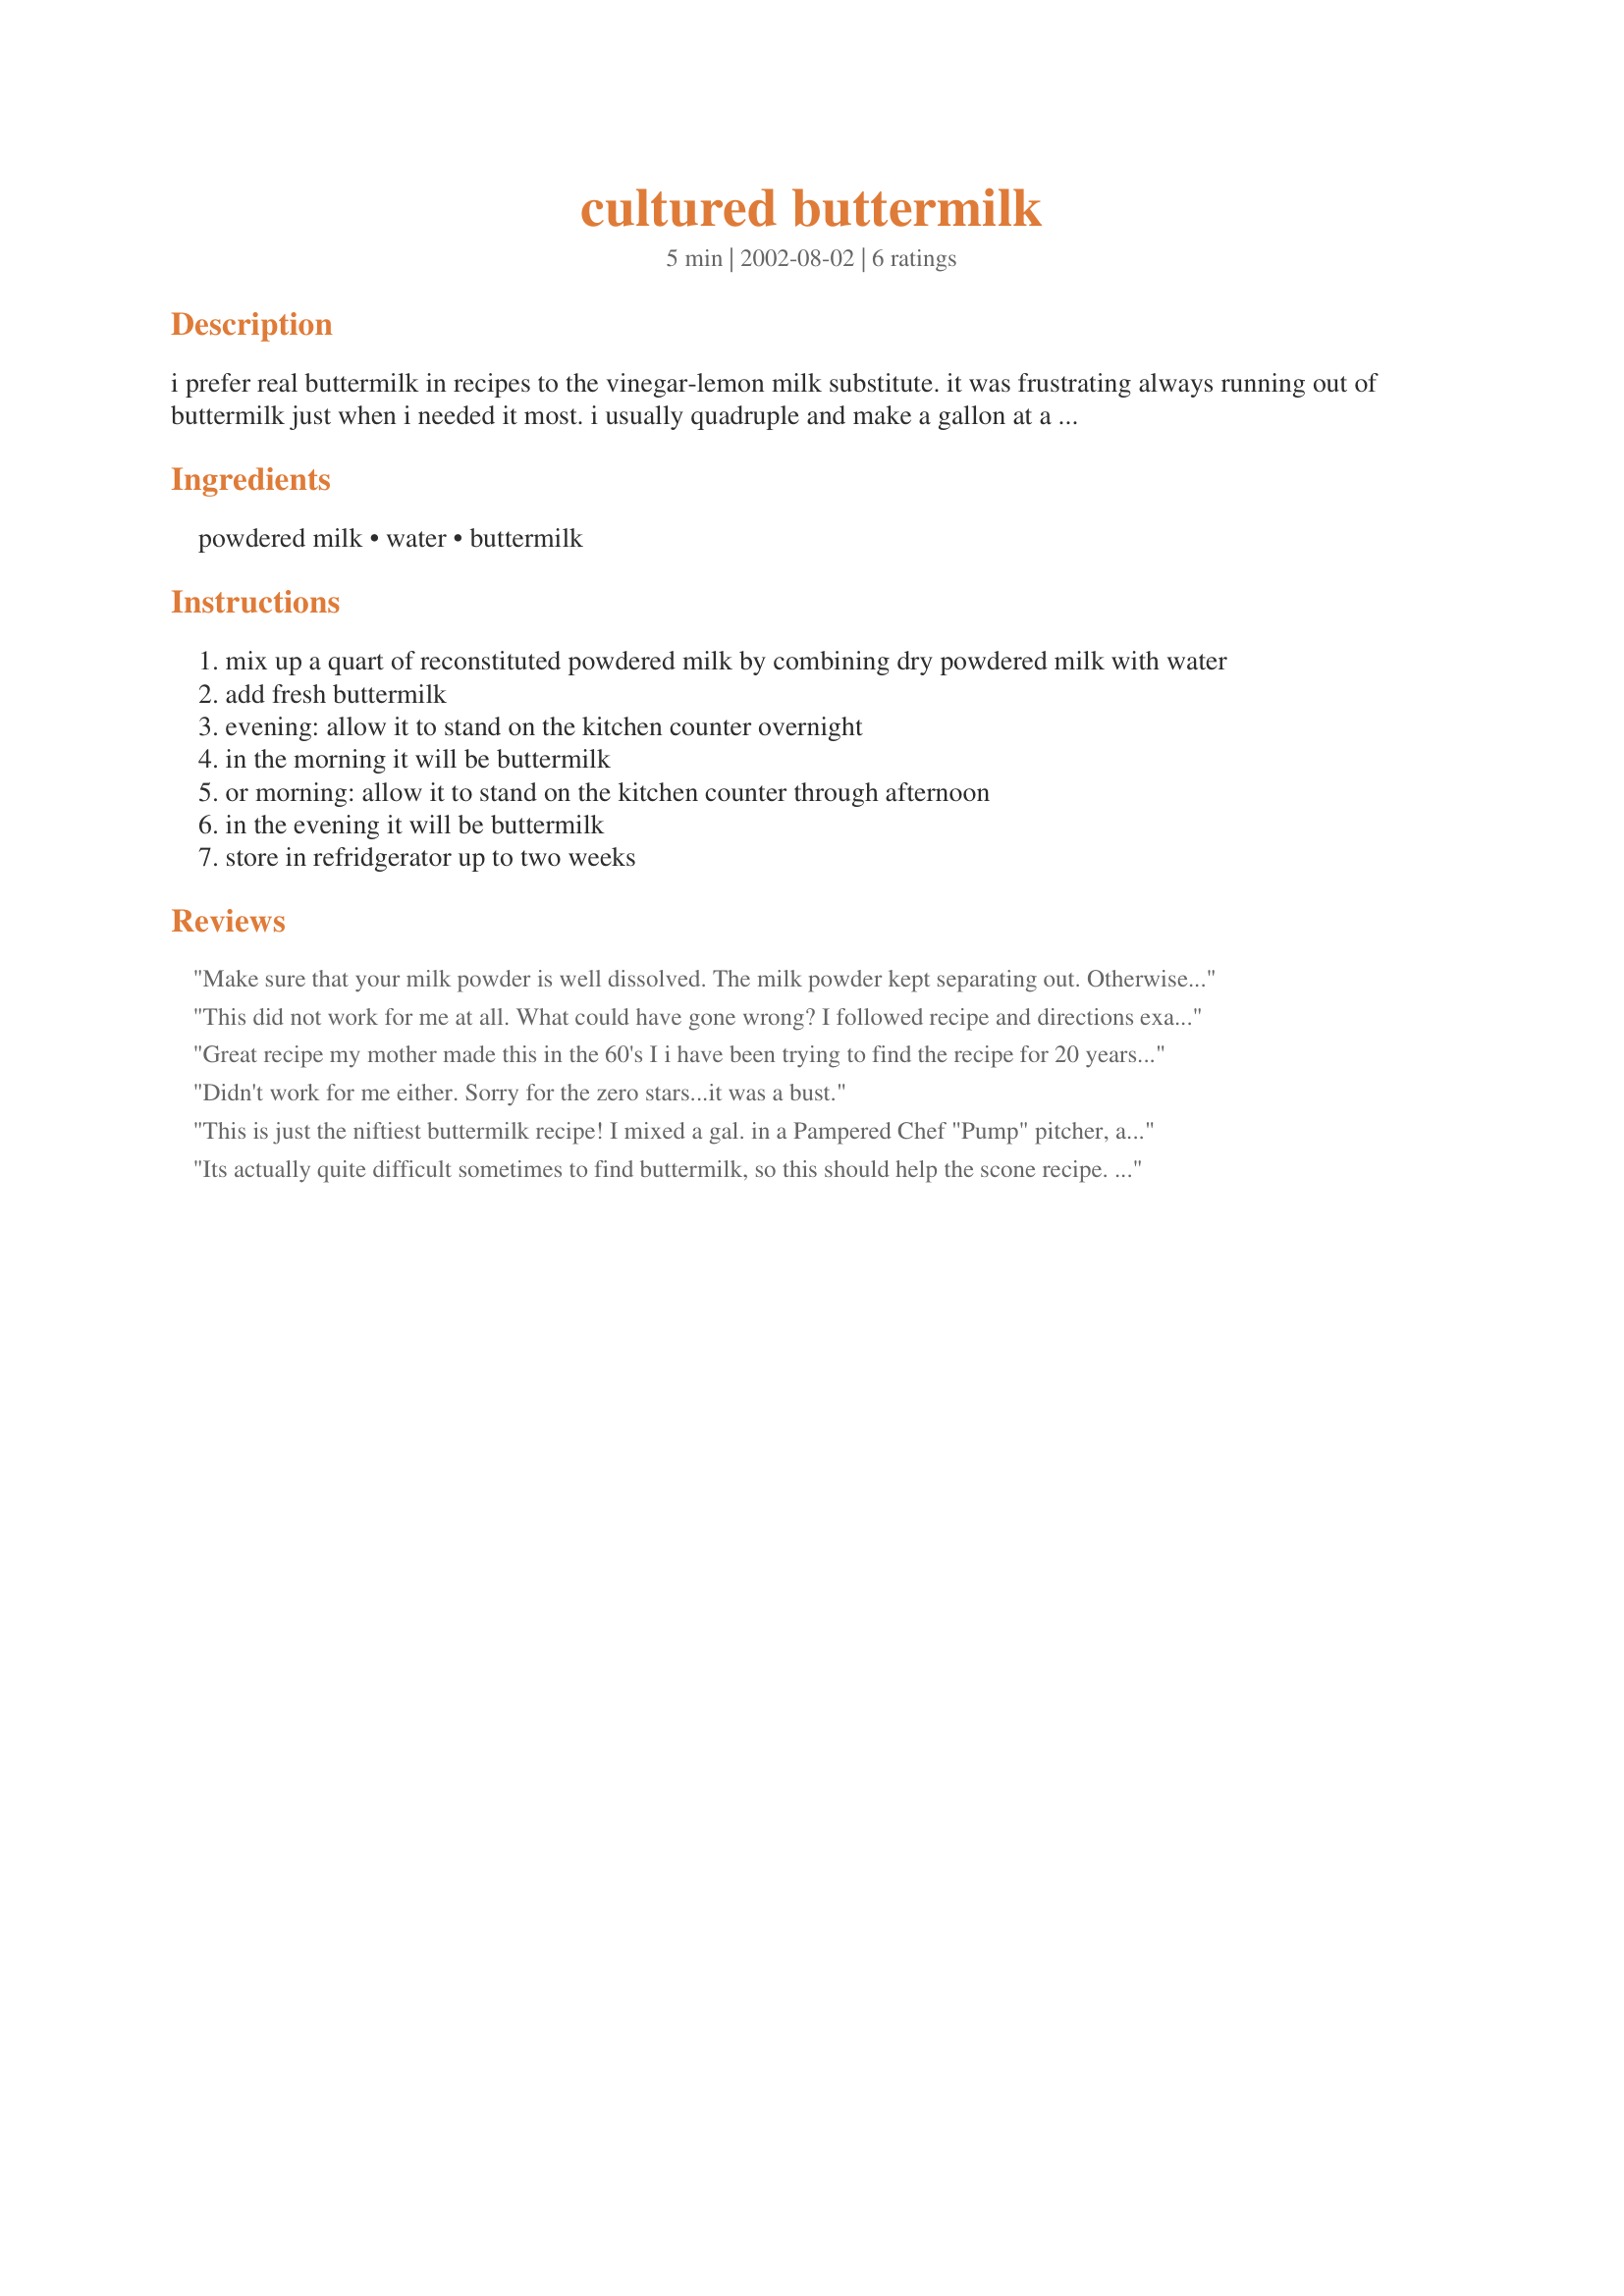
cultured buttermilk
Preparation time: 5 minutes

i prefer real buttermilk in recipes to the vinegar-lemon milk substitute. it was frustrating always running out of buttermilk just when i needed it most. i usually quadruple and make a gallon at a time. once you've made your own, you can save some back to replenish your supply by making more. my husband loves an occasional cold glass of buttermilk on a hot summer day, with a little salt.

update: a couple of reviewers have reported this did not work for them. because it is a 'culture based' recipe, it relies on the fresh buttermilk that provides the 'culture' to be fresh enough that the 'culture' is still alive. once the culture has died, it can no longer feed to create more of itself.

Ingredients:
powdered milk, water, buttermilk

Steps:
mix up a quart of reconstituted powdered milk by combining dry powdered milk with water
add fresh buttermilk
evening: allow it to stand on the kitchen counter overnight
in the morning it will be buttermilk
or morning: allow it to stand on the kitchen counter through afternoon
in the evening it will be buttermilk
store in refridgerator up to two weeks

Reviews:
Make sure that your milk powder is well dissolved. The milk powder kept separating out. Otherwise the recipe is fine.
This did not work for me at all. What could have gone wrong? I followed recipe and directions exactly.
Great recipe my mother made this in the 60's I i have been trying to find the recipe for 20 years. 
Thanks for posting it.
Didn't work for me either. Sorry for the zero stars...it was a bust.
This is just the niftiest buttermilk recipe! I mixed a gal. in a Pampered Chef "Pump" pitcher, and quick as a wink, it was done. Now I have a bunch to cook with. Used to use the powdered buttermilk mix, but this has that beat hands down!
Thanks for posting this, Cindy Lynn. It's a dandy!
Laudee C.
Its actually quite difficult sometimes to find buttermilk, so this should help the scone recipe. I usually use the lemon juice in the milk method but will try this. See my scone recipe
